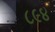
૮૯૪